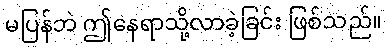
မပြန်ဘဲ ဤနေရာသို့လာခဲ့ခြင်း ဖြစ်သည်။